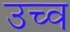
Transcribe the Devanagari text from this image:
उच्व